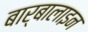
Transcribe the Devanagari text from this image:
बार्बालाइन